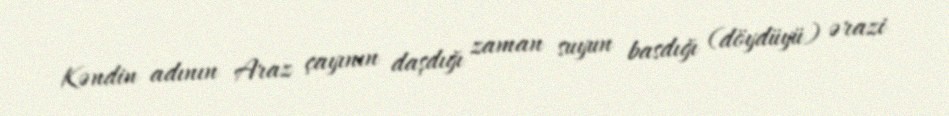
Kəndin adının Araz çayının daşdığı zaman suyun basdığı (döydüyü) ərazi